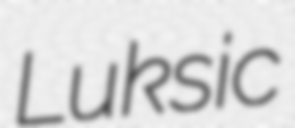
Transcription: Luksic